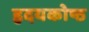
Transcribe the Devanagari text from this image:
हृदयकोष्ठ